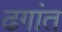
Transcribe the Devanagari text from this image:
ढगांत